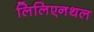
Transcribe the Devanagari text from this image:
लिलिएनथल